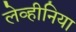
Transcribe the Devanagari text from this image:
लेव्हीनिया